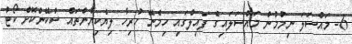
6- މައްސަލަ ނިމުމުން މައްސަލައިގެ ފައިލްގައި ހިމެނޭ ހުރިހާ ލިޔެކިޔުންތައް ސްކޭންކޮށް ކޯޓު